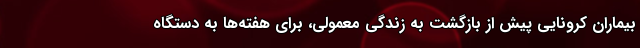
بیماران کرونایی پیش از بازگشت به زندگی معمولی، برای هفته‌ها به دستگاه